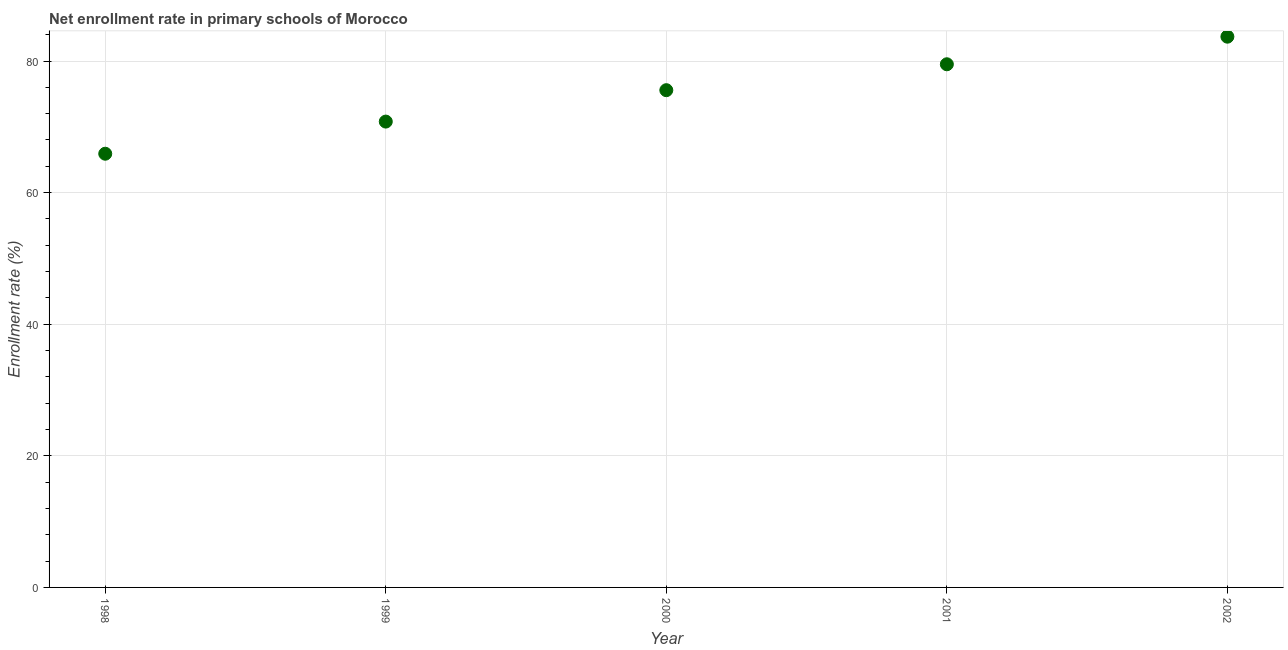
| Year | Adjusted net enrolment rate |
 | --- | --- |
 | 1998 | 65.9 |
 | 1999 | 70.8 |
 | 2000 | 75.6 |
 | 2001 | 79.5 |
 | 2002 | 83.7 |